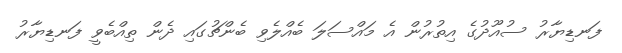
ފަނޑިޔާރު ސުއޫދުގެ އިތުރުން އެ މައްސަލަ ބެއްލެވި ބެންޗުގައި ދެން ތިއްބެވީ ފަނޑިޔާރު